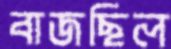
বাজছিল